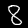
Digit: 8